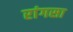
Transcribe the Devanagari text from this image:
रांगसा